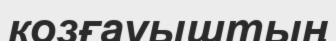
козғауыштың